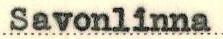
Savonlinna